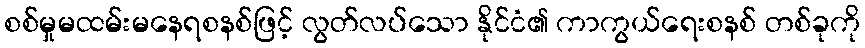
စစ်မှုမထမ်းမနေရစနစ်ဖြင့် လွတ်လပ်သော နိုင်ငံ၏ ကာကွယ်ရေးစနစ် တစ်ခုကို